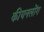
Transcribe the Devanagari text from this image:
कीयनलोंग